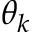
\theta _ { k }